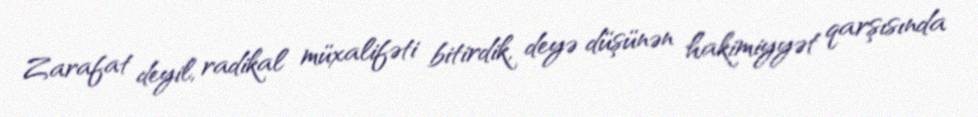
Zarafat deyil, radikal müxalifəti bitirdik, deyə düşünən hakimiyyət qarşısında